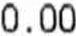
0.00